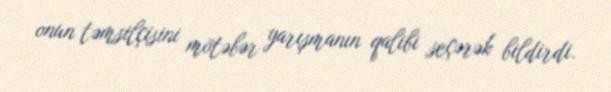
onun təmsilçisini mötəbər yarışmanın qalibi seçərək bildirdi.